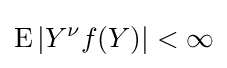
\operatorname {E} |Y^{\nu }f(Y)|<\infty